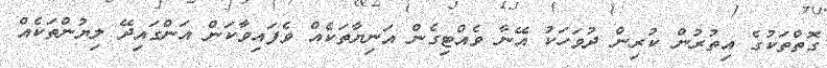
ގޮތްތަކުގެ އިތުރުން ކުރިން ދުވަހަކު އޭނާ ވެއްޓިގެން އަނިޔާތަކެއް ވެފައިވާކަން އަންގައިދޭ ލިޔުންތަކެއް